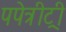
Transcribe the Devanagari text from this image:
पपेत्रीट्री